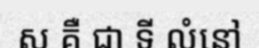
ស គឺ ជា ទី លំនៅ